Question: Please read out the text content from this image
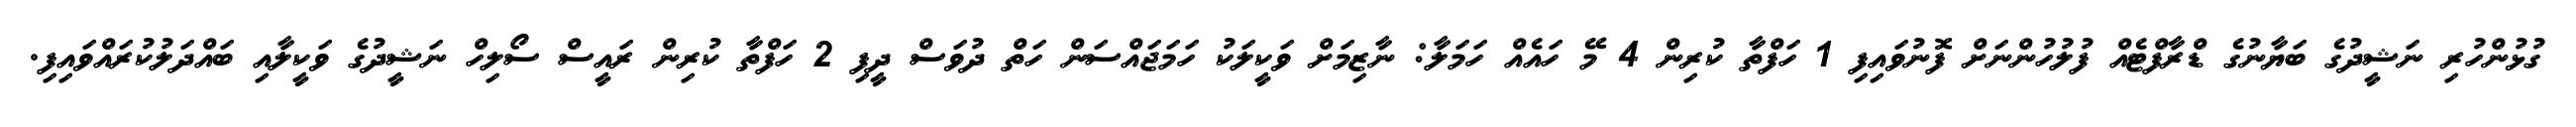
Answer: ގުޅުންހުރި ނަޝީދުގެ ބަޔާނުގެ ޑްރާފްޓެއް ފުލުހުންނަށް ފޮނުވައިފި 1 ހަފްތާ ކުރިން 4 މޭ ހައެއް ހަމަލާ: ނާޒިމަށް ވަކީލަކު ހަމަޖައްސަން ހަތް ދުވަސް ދީފި 2 ހަފްތާ ކުރިން ރައީސް ސޯލިހް ނަޝީދުގެ ވަކީލާއި ބައްދަލުކުރައްވައިފި.